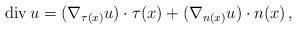
LaTeX: \begin{align*}\operatorname{div}u=(\nabla_{\tau(x)} u)\cdot\tau(x)+(\nabla_{n(x)} u)\cdot n(x)\,,\end{align*}